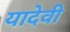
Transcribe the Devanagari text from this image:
यादेवी